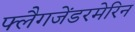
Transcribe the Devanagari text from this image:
फ्लैगजेंडरमेरिन